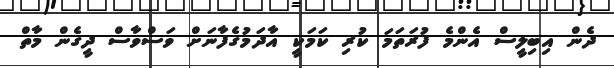
ދެން އިބިލީސް އެންމެ ފުރަތަމަ ކުރި ކަމަކީ އާދަމުގެފާނަށް ވަސްވާސް ދީގެން މާތް